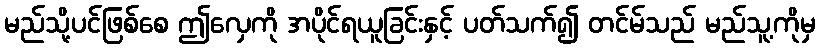
မည်သို့ပင်ဖြစ်စေ ဤလှေကို အပိုင်ရယူခြင်းနှင့် ပတ်သက်၍ တင်မ်သည် မည်သူ့ကိုမှ